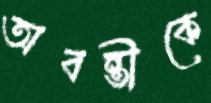
অবন্তীকে